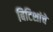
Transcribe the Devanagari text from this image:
बिटिशांचे